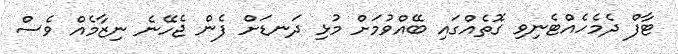
ޓާފް ދެމެހެއްޓެނިވި ގޮތެއްގައި ބޭއްވުމަށް މުޅި ދަނޑަށް ފެން ޖެހޭނެ ނިޒާމެއް ވެސް